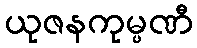
ယုဇနကုမ္ပဏီ